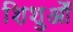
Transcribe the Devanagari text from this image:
शिशुओँ